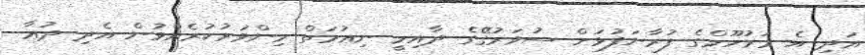
އަދި އެ މަރުހޫމްގެ ފުރާނަފުޅަށް ސުވަރުގޭގެ ދާއިމީ ނިޢުމަތް މިންވަރުކުރެއްވުން އެދި ދުޢާ